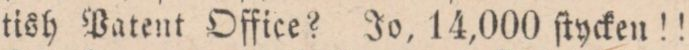
tish Patent Office? Jo, 14,000 ſtycken!!